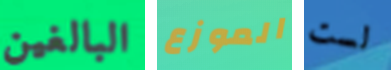
البالغين الموزع لست